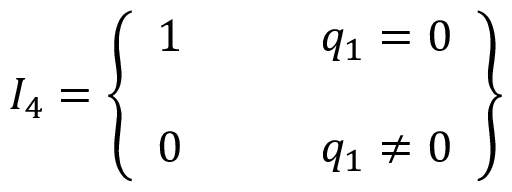
{ \cal I } _ { 4 } = \left\{ \begin{array} { c l } { { 1 } } & { { \qquad q _ { 1 } = 0 } } \\ { { } } & { { } } \\ { { 0 } } & { { \qquad q _ { 1 } \neq 0 } } \end{array} \right\}